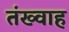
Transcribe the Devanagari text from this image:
तंख्वाह